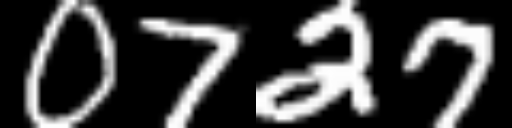
Text: 0727